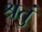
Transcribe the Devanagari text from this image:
श्रतुं